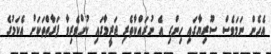
އެހެން ނަމަވެސް ސޫރިޔާގައި ހިންގި އެ ނުރައްކާތެރި ޖަރީމާގައި ކުށްވެރިވާ ފަރާތްތަކަށް އެކަމުގެ